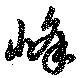
峰